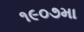
૧૯૦૭મા